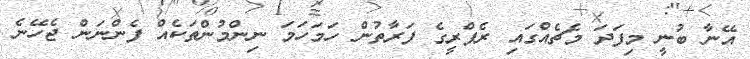
އޭނާ ބުނީ މިފަދަ މެޗެއްގައި ރެފްރީގެ ފަރާތުން ހަމަހަމަ ނިންމުންތަކެއް ފެންނަން ޖެހޭނެ